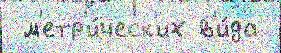
 м'етр'и́ческ'их в'и́да